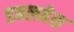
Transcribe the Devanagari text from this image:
डबलबेस